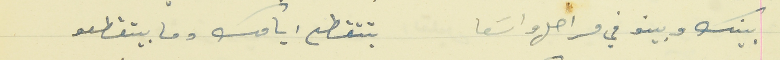
بينك وبينو في مراحل واسَعا                                      بتتقطع ايامك وما بيتقطعو